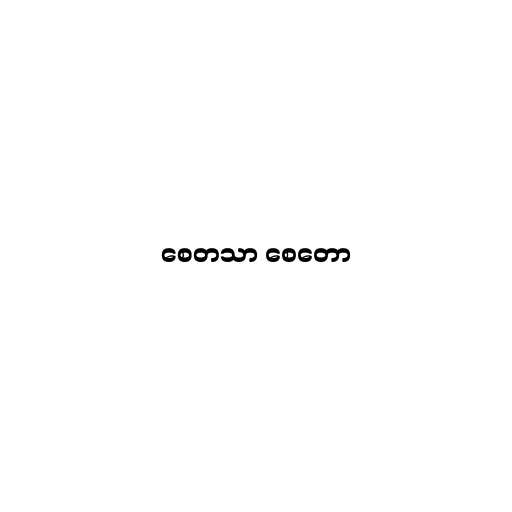
စေတသာ စေတော